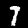
Digit: 7